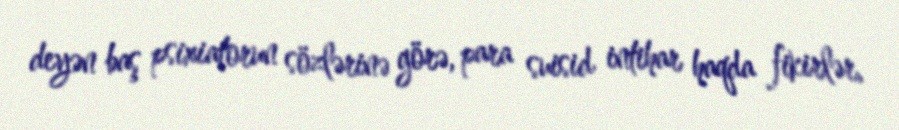
deyən baş psixiatorun sözlərinə görə, para suisid intihar haqda fikirlər,